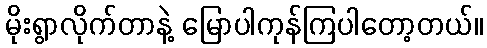
မိုးရွာလိုက်တာနဲ့ မြောပါကုန်ကြပါတော့တယ်။